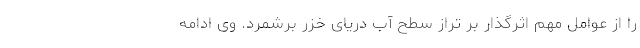
را از عوامل مهم اثرگذار بر تراز سطح آب دریای خزر برشمرد. وی ادامه